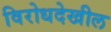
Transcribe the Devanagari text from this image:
विरोधदेखील